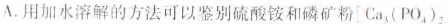
A.用加水溶解的方法可以鉴别硫酸铵和磷矿粉Ca_{3}(PO_{4})_{2}